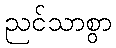
ညင်သာစွာ